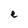
Character: e